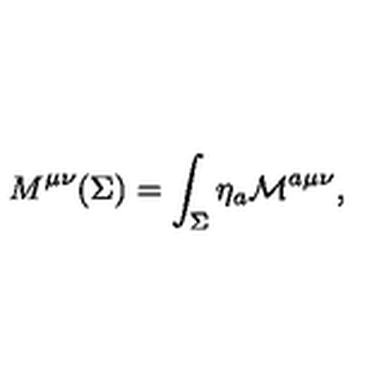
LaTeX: M ^ { \mu \nu } ( \Sigma ) = \int _ { \Sigma } \eta _ { a } { \cal M } ^ { a \mu \nu } ,